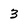
Character: 3